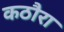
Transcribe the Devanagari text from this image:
कठौरा